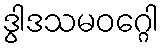
ဒွါဒသမဝဂ္ဂေါ